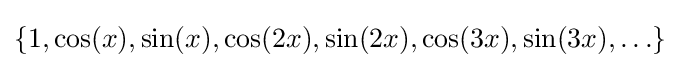
\{1,\cos(x),\sin(x),\cos(2x),\sin(2x),\cos(3x),\sin(3x),\ldots \}